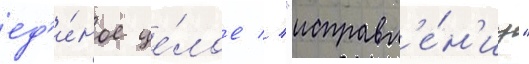
ед'и́ное це́лое // "исправл'е́н'иу"